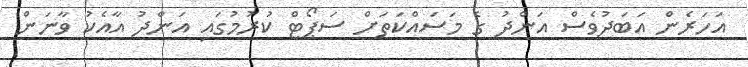
އަހަރެން އަބަދުވެސް އަންދު ގެ މަސައްކަތަށް ސަޕޯޓް ކުރުމުގައި އަންދު އާއެކު ވާނަން